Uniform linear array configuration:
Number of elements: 32
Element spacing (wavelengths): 1
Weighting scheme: kaiser
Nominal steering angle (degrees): -45
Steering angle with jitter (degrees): -46.919
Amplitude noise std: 0.05
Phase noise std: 0.05

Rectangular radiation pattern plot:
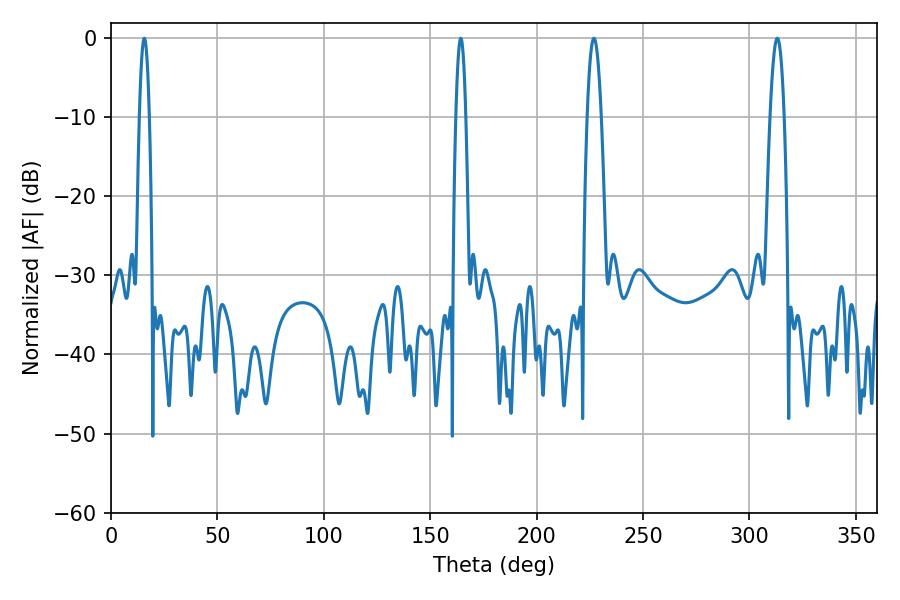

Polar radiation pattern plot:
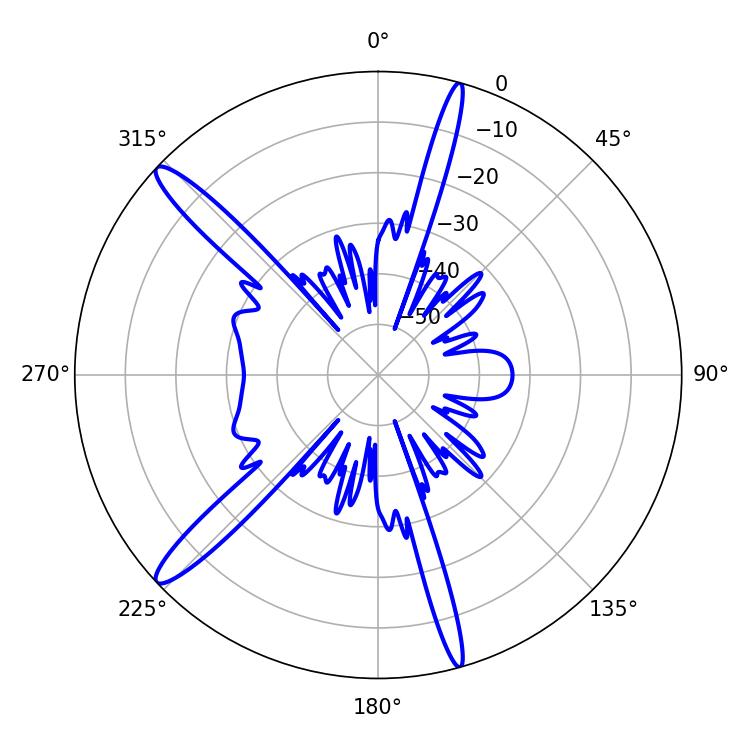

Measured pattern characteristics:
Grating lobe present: TRUE
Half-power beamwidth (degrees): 2.52
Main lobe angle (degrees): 15.66